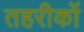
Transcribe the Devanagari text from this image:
तहरीकों